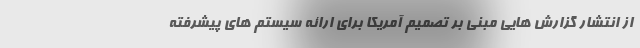
از انتشار گزارش هایی مبنی بر تصمیم آمریکا برای ارائه سیستم های پیشرفته